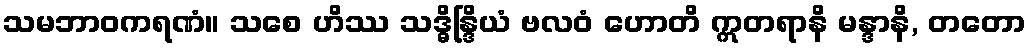
သမဘာဝကရဏံ။ သစေ ဟိဿ သဒ္ဓိန္ဒြိယံ ဗလဝံ ဟောတိ ဣတရာနိ မန္ဒာနိ, တတော